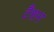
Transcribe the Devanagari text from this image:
टैशन